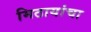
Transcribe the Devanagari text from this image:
मिठायांचा